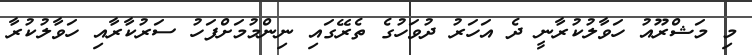
މި މަޝްރޫއު ހަވާލުކުރާނީ ދެ އަހަރު ދުވަހުގެ ތެރޭގައި ނިންމުމަށްފަހު ސަރުކާރާއި ހަވާލުކުރާ